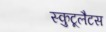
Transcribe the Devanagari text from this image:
स्कुटूलैटस